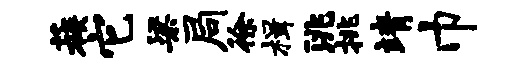
蔟它梁局徐楫洮挑靖巾